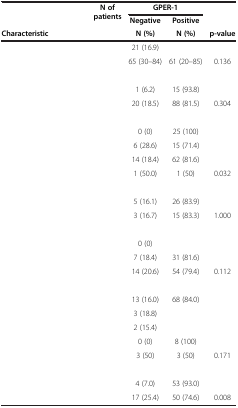
<table><thead><tr><td rowspan="3"><b>Characteristic</b></td><td rowspan="3"><b>N of patients</b></td><td colspan="2"><b>GPER-1</b></td><td rowspan="3"><b>p-value</b></td></tr><tr><td><b>Negative</b></td><td><b>Positive</b></td></tr><tr><td><b>N (%)</b></td><td><b>N (%)</b></td></tr></thead><tbody><tr><td>[EMPTY_CELL]</td><td>[EMPTY_CELL]</td><td>21 (16.9)</td><td>[EMPTY_CELL]</td><td>[EMPTY_CELL]</td></tr><tr><td>[EMPTY_CELL]</td><td>[EMPTY_CELL]</td><td>65 (30–84)</td><td>61 (20–85)</td><td>0.136</td></tr><tr><td>[EMPTY_CELL]</td><td>[EMPTY_CELL]</td><td>[EMPTY_CELL]</td><td>[EMPTY_CELL]</td><td>[EMPTY_CELL]</td></tr><tr><td>[EMPTY_CELL]</td><td>[EMPTY_CELL]</td><td>1 (6.2)</td><td>15 (93.8)</td><td>[EMPTY_CELL]</td></tr><tr><td>[EMPTY_CELL]</td><td>[EMPTY_CELL]</td><td>20 (18.5)</td><td>88 (81.5)</td><td>0.304</td></tr><tr><td>[EMPTY_CELL]</td><td>[EMPTY_CELL]</td><td>[EMPTY_CELL]</td><td>[EMPTY_CELL]</td><td>[EMPTY_CELL]</td></tr><tr><td>[EMPTY_CELL]</td><td>[EMPTY_CELL]</td><td>0 (0)</td><td>25 (100)</td><td>[EMPTY_CELL]</td></tr><tr><td>[EMPTY_CELL]</td><td>[EMPTY_CELL]</td><td>6 (28.6)</td><td>15 (71.4)</td><td>[EMPTY_CELL]</td></tr><tr><td>[EMPTY_CELL]</td><td>[EMPTY_CELL]</td><td>14 (18.4)</td><td>62 (81.6)</td><td>[EMPTY_CELL]</td></tr><tr><td>[EMPTY_CELL]</td><td>[EMPTY_CELL]</td><td>1 (50.0)</td><td>1 (50)</td><td>0.032</td></tr><tr><td>[EMPTY_CELL]</td><td>[EMPTY_CELL]</td><td>[EMPTY_CELL]</td><td>[EMPTY_CELL]</td><td>[EMPTY_CELL]</td></tr><tr><td>[EMPTY_CELL]</td><td>[EMPTY_CELL]</td><td>5 (16.1)</td><td>26 (83.9)</td><td>[EMPTY_CELL]</td></tr><tr><td>[EMPTY_CELL]</td><td>[EMPTY_CELL]</td><td>3 (16.7)</td><td>15 (83.3)</td><td>1.000</td></tr><tr><td>[EMPTY_CELL]</td><td>[EMPTY_CELL]</td><td>[EMPTY_CELL]</td><td>[EMPTY_CELL]</td><td>[EMPTY_CELL]</td></tr><tr><td>[EMPTY_CELL]</td><td>[EMPTY_CELL]</td><td>0 (0)</td><td>[EMPTY_CELL]</td><td>[EMPTY_CELL]</td></tr><tr><td>[EMPTY_CELL]</td><td>[EMPTY_CELL]</td><td>7 (18.4)</td><td>31 (81.6)</td><td>[EMPTY_CELL]</td></tr><tr><td>[EMPTY_CELL]</td><td>[EMPTY_CELL]</td><td>14 (20.6)</td><td>54 (79.4)</td><td>0.112</td></tr><tr><td>[EMPTY_CELL]</td><td>[EMPTY_CELL]</td><td>[EMPTY_CELL]</td><td>[EMPTY_CELL]</td><td>[EMPTY_CELL]</td></tr><tr><td>[EMPTY_CELL]</td><td>[EMPTY_CELL]</td><td>13 (16.0)</td><td>68 (84.0)</td><td>[EMPTY_CELL]</td></tr><tr><td>[EMPTY_CELL]</td><td>[EMPTY_CELL]</td><td>3 (18.8)</td><td>[EMPTY_CELL]</td><td>[EMPTY_CELL]</td></tr><tr><td>[EMPTY_CELL]</td><td>[EMPTY_CELL]</td><td>2 (15.4)</td><td>[EMPTY_CELL]</td><td>[EMPTY_CELL]</td></tr><tr><td>[EMPTY_CELL]</td><td>[EMPTY_CELL]</td><td>0 (0)</td><td>8 (100)</td><td>[EMPTY_CELL]</td></tr><tr><td>[EMPTY_CELL]</td><td>[EMPTY_CELL]</td><td>3 (50)</td><td>3 (50)</td><td>0.171</td></tr><tr><td>[EMPTY_CELL]</td><td>[EMPTY_CELL]</td><td>[EMPTY_CELL]</td><td>[EMPTY_CELL]</td><td>[EMPTY_CELL]</td></tr><tr><td>[EMPTY_CELL]</td><td>[EMPTY_CELL]</td><td>4 (7.0)</td><td>53 (93.0)</td><td>[EMPTY_CELL]</td></tr><tr><td>[EMPTY_CELL]</td><td>[EMPTY_CELL]</td><td>17 (25.4)</td><td>50 (74.6)</td><td>0.008</td></tr></tbody></table>